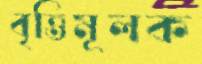
বৃত্তিমূলক